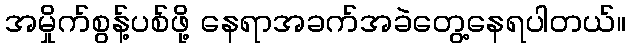
အမှိုက်စွန့်ပစ်ဖို့ နေရာအခက်အခဲတွေ့နေရပါတယ်။